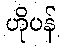
ဟိုပန်